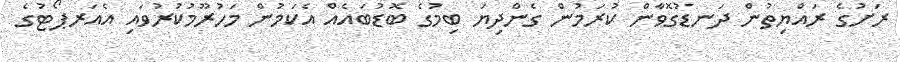
ރަށުގެ ރައްޔިތުން ދަނޑުގޮވާން ކުރަމުން ގެންދިޔަ ބިމުގެ ބޮޑުބައެއް އެކަމުން މަހުރޫމުކުރުވައި އެއަރޕޯޓުގެ